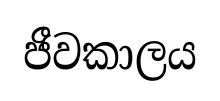
ජීවකාලය